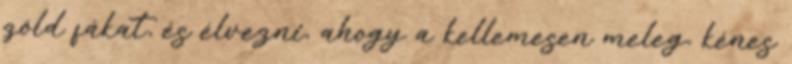
zöld fákat, és élvezni, ahogy a kellemesen meleg, kénes